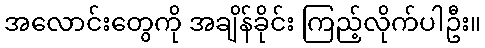
အလောင်းတွေကို အချိန်ခိုင်း ကြည့်လိုက်ပါဦး။